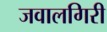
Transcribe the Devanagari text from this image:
जवालगिरी